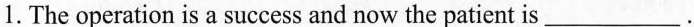
1. The operation is a success and now the patient is___.